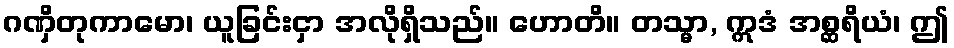
ဂဏှိတုကာမော၊ ယူခြင်းငှာ အလိုရှိသည်။ ဟောတိ။ တသ္မာ, ဣဒံ အစ္ဆရိယံ၊ ဤ